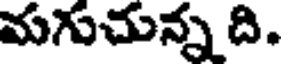
మగుచున్న ది.